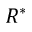
R ^ { * }